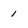
Character: 1